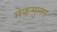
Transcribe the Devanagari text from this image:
मेकमुलन